Report on vaccination in Madras 1922-1929 - 1922-1929
Year: 1922
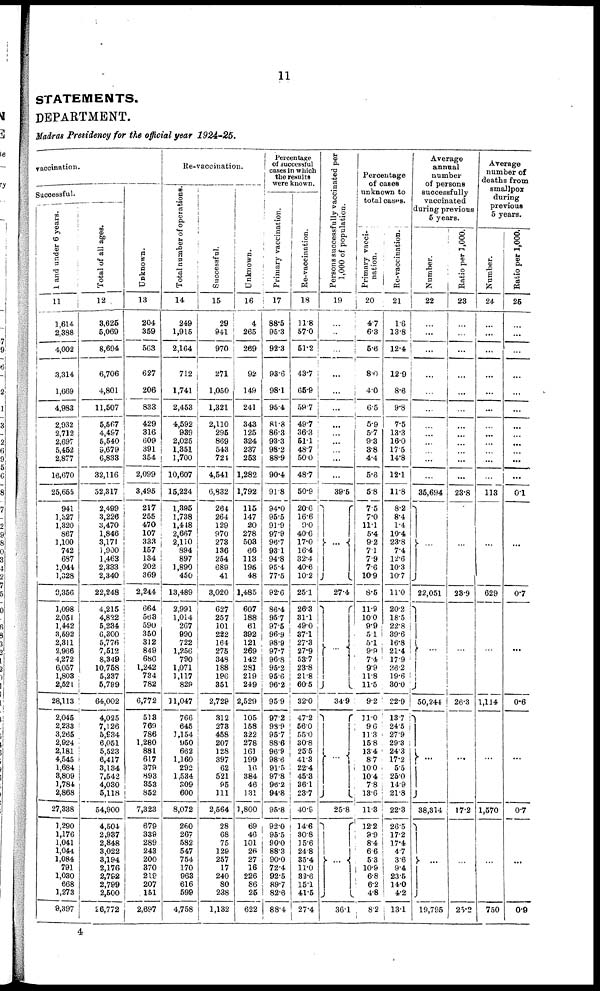
11
STATEMENTS.
DEPARTMENT.
Madras Presidency for the official year 1924-25.
vaccination.
Successful.
1 and under 6 years.
11
1,614
2,388
4,002
3,314
1,669
4,083
2,932
2,712
2,697
5,462
2,877
16,670
25,655
941
1,327
1,320
867
1,100
742
687
1,044
1,328
9,356
1,098
2,051
1,442
3,592
2,311
2,966
4,272
6,057
1,803
2,521
28,113
2,045
2,233
3,265
2,924
2,181
4,645
1,684
3,809
1,784
2,868
27,338
1,290
1,176
1,041
1,044
1,084
791
1,030
668
1,273
9,397
Total of all ages.
12
8,625
5,069
8,694
6,706
4,801
11,507
5,567
4,497
5,540
9,679
6,833
32,116
52,317
2,499
3,226
3,470
1,846
3,171
1,900
1,463
2,333
2,340
22,248
4,215
4,822
5,234
6,300
5,776
7,512
8,340
10,758
5,237
5,799
64,002
4,025
7,126
5,934
6,051
5,523
6,417
3,134
7,542
4,030
5,118
54,900
4,604
2,937
2,848
3,022
3,194
2,176
2,792
2,799
2,500
26,772
Unknown.
13
204
359
563
627
206
833
429
316
609
391
354
2,099
3,495
217
255
470
107
333
157
134
202
369
2,244
664
563
590
350
312
849
686
1,242
734
782
6,772
518
769
786
1,280
881
617
379
893
853
852
7,323
679
339
289
243
200
370
219
207
151
2,697
Re-vaccination.
Total number of operations.
14
249
1,915
2,164
712
1,741
2,463
4,592
939
2,025
1,351
1,700
10,607
15,224
1,395
1,738
1,418
2,667
2,110
894
897
1,890
450
13,489
2,991
1,014
267
990
722
1,256
790
1,071
1,117
829
11,047
766
645
1,154
950
662
1,160
292
1,534
309
600
8,072
260
267
582
547
754
170
963
616
599
4,758
Successful.
15
29
941
970
271
1,050
1,321
2,110
295
869
543
724
4,541
6,832
264
264
129
970
273
136
254
689
41
3,020
627
257
101
222
164
275
348
188
196
351
2,729
312
278
458
207
128
397
62
521
95
111
2,564
28
68
75
129
257
17
240
80
238
1,132
Unknown.
16
4
265
269
92
149
241
343
125
324
237
253
1,282
1,792
115
147
20
278
503
66
113
195
48
1,485
607
188
61
392
121
269
142
281
219
249
2,529
105
158
322
278
161
199
16
384
46
131
1,800
69
46
101
26
27
16
226
86
25
622
Percentage
of successful
cases in which
the results
were known.
Primary vaccination.
17
88.5
95.3
92.3
93.6
98.1
95.4
81.8
86.3
93.3
98.2
88.9
90.4
91.8
94.0
95.5
91.9
97.9
96.7
93.1
94.8
95.4
77.5
92.6
86.4
95.7
97.5
96.9
98.9
97.7
96.8
95.2
95.6
9 6 . 2
95.9
97.2
98.9
95.7
88.6
96.9
98.6
91.5
97.8
96.2
94.8
95.8
92.0
95.5
90.0
88.3
90.0
72.4
92.5
89.7
82.6
88.4
Re-vaccination.
18
11.8
57.0
51.2
43.7
65.9
59.7
49.7
36.3
51.1
48.7
50.0
48.7
50.9
20.6
16.6
9.0
40.6
17.0
16.4
32.4
40.6
10.2
25.1
26.3
81.1
49.0
37.1
27.8
27.9
53.7
23.8
21.8
60.5
32.0
47.2
56.0
65.0
30.8
25.5
41.3
22.4
45.3
36.1
23.7
40.9
14.6
30.8
15.6
24.8
35.4
11.0
33.6
15.1
41.5
27.4
Persons successfully vaccinated per
1,000 of population.
19
…
...
…
...
...
...
…
…
...
…
...
...
39.5
…
27.4
...
34.9
…
25.8
…
36.1
Percentage
of cases
unknown to
total casus.
Primary vacci-
nation.
20
4.7
6.3
5.6
8.0
4.0
6.5
5.9
5.7
9.3
8.8
4.4
5.3
5.8
7.5
7.0
11.1
5.4
9.2
7.1
7.9
7.6
10.9
8.5
11.9
10.0
9.9
5.1
5.1
9.9
7.4
9.9
11.8
11.5
9.2
11.0
9.6
11.3
15.8
13.4
8.7
10.0
10.4
7.8
13.6
11.3
12.2
9.9
8.4
6.6
5.3
10.9
6.8
6.2
4.8
8.2
Re-vaccination.
21
1.6
13.8
12.4
12.9
8.6
9.8
7.5
13.3
16.0
17.5
14.8
12.1
11.8
8.2
8.4
1.4
10.4
23.8
7.4
12.6
10.3
10.7
11.0
20.2
18.5
22.8
39.6
16.8
21.4
17.9
27.2
19.6
30.0
22.0
13.7
24.5
27.9
29.3
24.3
17.2
5.6
25.0
14.9
21.8
22.3
26.5
17.2
17.4
4.7
3.6
9.4
23.5
14.0
4.2
13.1
Average
annual
number
of persons
successfully
vaccinated
during previous
5 years.
Number.
22
…
...
...
...
…
...
…
...
…
…
…
...
35,694
…
22,051
…
50,244
...
38,314
...
19,795
Ratio per 1,000.
23
…
…
...
…
...
…
…
…
…
...
...
...
23.8
…
28.9
…
26.3
...
17.2
…
25.2
Average
number of
deaths from
smallpox
during
previous
5 years.
Number.
24
…
...
…
...
...
...
…
...
...
...
...
...
113
...
629
…
1,114
...
1,570
...
750
Ratio per 1,000.
25
…
...
…
...
...
...
…
…
...
…
...
...
0.1
...
0.7
...
0.6
...
0.7
...
0.9
4